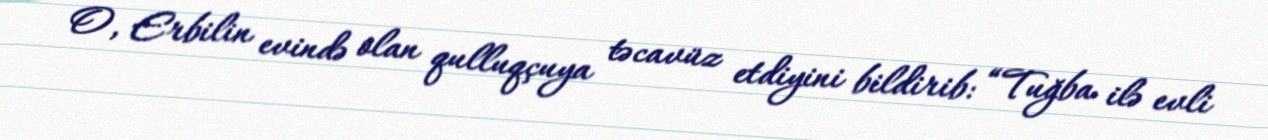
O, Erbilin evində olan qulluqçuya təcavüz etdiyini bildirib: “Tuğba ilə evli